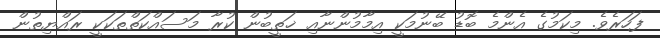
ފަހަރެވެ. މިކަމުގެ އެންމެ ބޮޑު ބޭނުމަކީ އިމާމުންނާއި ޚަތީބުން ކުރާ މަސައްކަތްތަކަކީ ރައްޔިތުން